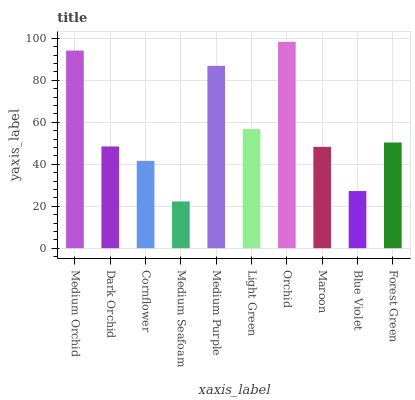
| xaxis_label | bars |
 | --- | --- |
 | Medium Orchid | 94.2 |
 | Dark Orchid | 48.5 |
 | Cornflower | 41.6 |
 | Medium Seafoam | 22.3 |
 | Medium Purple | 86.9 |
 | Light Green | 56.7 |
 | Orchid | 98.3 |
 | Maroon | 48.3 |
 | Blue Violet | 27.2 |
 | Forest Green | 50.4 |